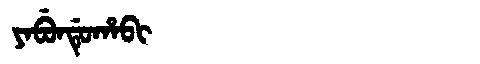
Manchu: ᠶᠠᠪᡠᠨᡩᡠᡥᠠᠪᡳ
Romanization: YABUNDUHABI